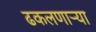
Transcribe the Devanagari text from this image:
ढकलणाऱ्या